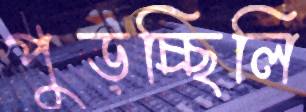
পুড়চ্ছিলি